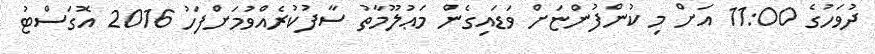
ދުވަހުގެ 11:00 އަށް މި ކުންފުންޏަށް ވަޑައިގެން މަޢުލޫމާތު ސާފުކުރެއްވުމަށްފަހު 2016 އޮގަސްޓު